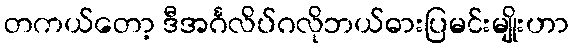
တကယ်တော့ ဒီအင်္ဂလိပ်ဂလိုဘယ်ဓားပြမင်းမျိုးဟာ